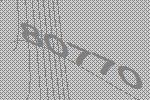
80770